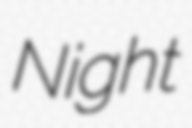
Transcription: Night